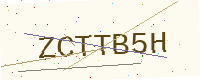
Text: ZCTTB5H